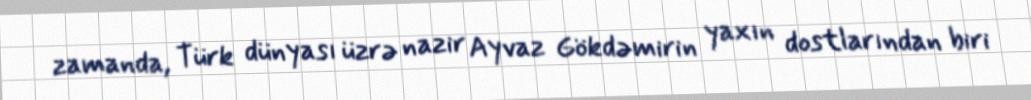
zamanda, Türk dünyası üzrə nazir Ayvaz Gökdəmirin yaxın dostlarından biri